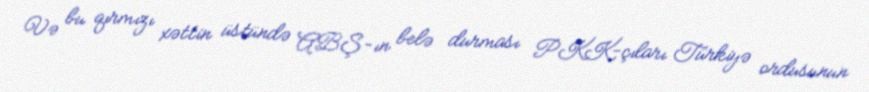
Və bu qırmızı xəttin üstündə ABŞ-ın belə durması PKK-çıları Türkiyə ordusunun